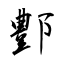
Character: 鄷